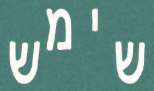
שימש